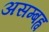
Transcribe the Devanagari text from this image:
असम्बह्व